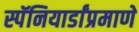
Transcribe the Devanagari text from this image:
स्पॅनियार्डांप्रमाणे